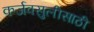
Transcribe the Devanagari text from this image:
कर्जवसुलीसाठी